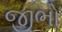
જીભો